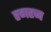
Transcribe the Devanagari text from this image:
रगरज